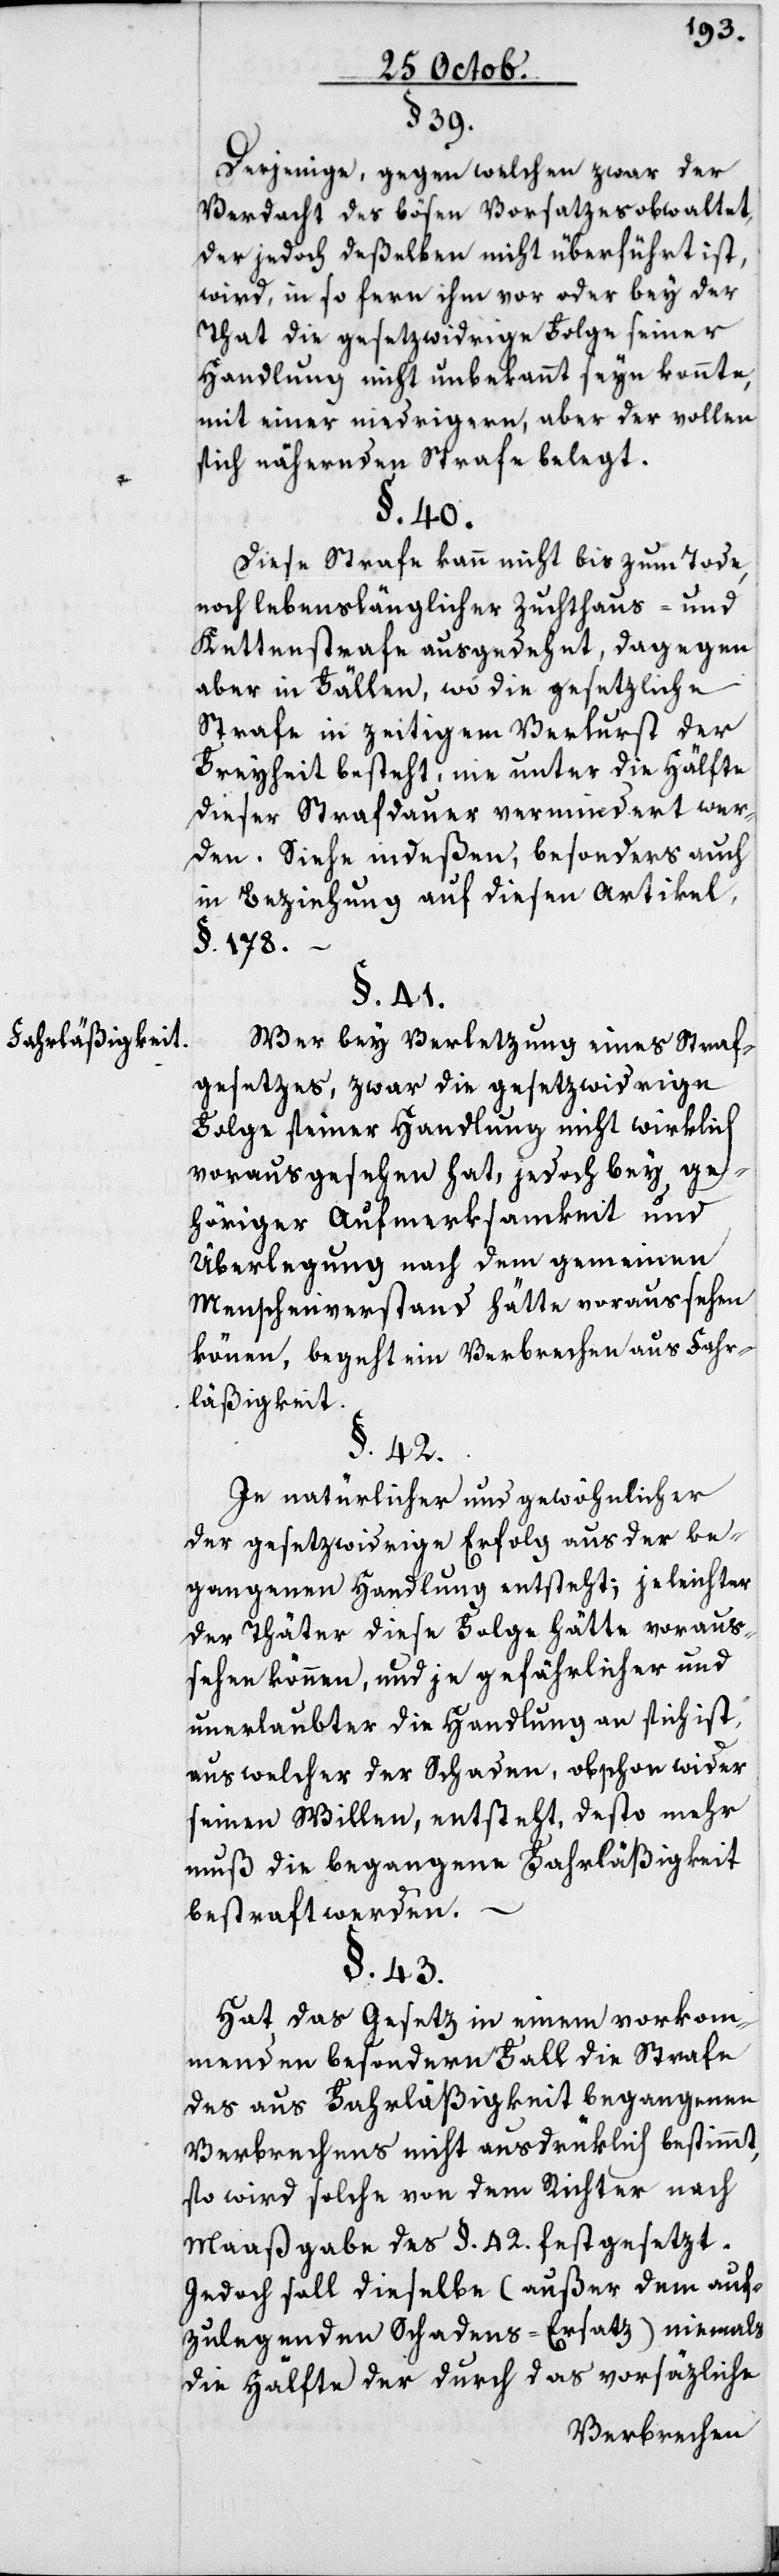
Fahrläßigkeit.

§. 39.
Derjenige, gegen welchen zwar der
Verdacht des bösen Vorsatzes obwaltet,
der jedoch deßelben nicht überführt ist,
wird in so fern ihm vor oder bey der
That die gesetzwidrige Folge seiner
Handlung nicht unbekannt seyn konnte,
mit einer niedrigern, aber der vollen
sich nähernden Strafe belegt.
§. 40.
Diese Strafe kann nicht bis zum Tode,
noch lebenslänglicher Zuchthaus- und
Kettenstrafe ausgedehnt, dagegen
aber in Fällen, wo die gesetzliche
Strafe in zeitigem Verlust der
Freyheit besteht, nie unter die Hälfte
dieser Strafdauer vermindert wer¬
den. Siehe indeßen, besonders auch
in Beziehung auf diesen Artikel,
§. 178.
§. 41.
Wer bey Verletzung eines Straf¬
gesetzes, zwar die gesetzwidrige
Folge seiner Handlung nicht wirklich
vorausgesehen hat, jedoch bey ge¬
höriger Aufmerksamkeit und
Überlegung nach dem gemeinen
Menschenverstand hätte voraussehen
können, begeht ein Verbrechen aus Fahr¬
läßigkeit.
§. 42.
Je natürlicher und gewöhnlicher
der gesetzwidrige Erfolg aus der be¬
gangenen Handlung entsteht; je leichter
der Thäter diese Folge hätte voraus¬
sehen können, und je gefährlicher und
unerlaubter die Handlung an sich ist,
aus welcher der Schaden, obschon wider
seinen Willen, entsteht, desto mehr
muß die begangene Fahrläßigkeit
bestraft werden.
§. 43.
Hat das Gesetz in einem vorkom¬
menden besondern Fall die Strafe
des aus Fahrläßigkeit begangenen
Verbrechens nicht ausdrüklich bestimmt,
so wird solche von dem Richter nach
Maaßgabe des §. 42. festgesetzt.
Jedoch soll dieselbe (außer dem auf¬
zulegenden Schadens-Ersatz) niemals
die Hälfte der durch das vorsätzliche